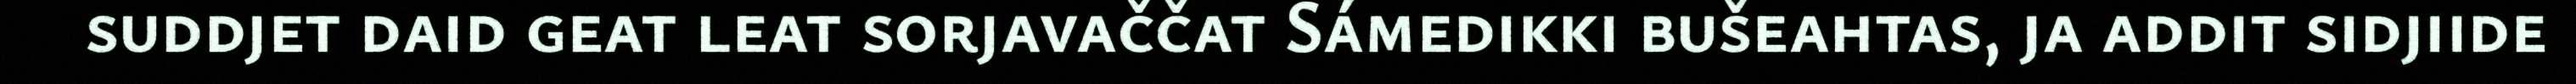
suddjet daid geat leat sorjavaččat Sámedikki bušeahtas, ja addit sidjiide